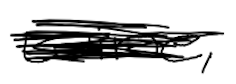
Text: wine,
Cross-out: scratch
Writing tool: digital_black